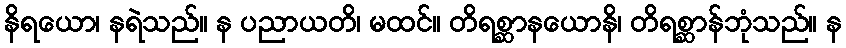
နိရယော၊ နရဲသည်။ န ပညာယတိ၊ မထင်။ တိရစ္ဆာနယောနိ၊ တိရစ္ဆာန်ဘုံသည်။ န